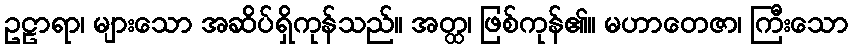
ဥဠာရာ၊ များသော အဆိပ်ရှိကုန်သည်။ အတ္ထ၊ ဖြစ်ကုန်၏။ မဟာတေဇာ၊ ကြီးသော